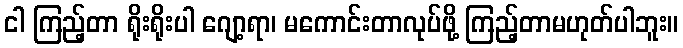
ငါ ကြည့်တာ ရိုးရိုးပါ ဂျော့ရာ၊ မကောင်းတာလုပ်ဖို့ ကြည့်တာမဟုတ်ပါဘူး။